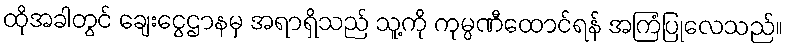
ထိုအခါတွင် ချေးငွေဌာနမှ အရာရှိသည် သူ့ကို ကုမ္ပဏီထောင်ရန် အကြံပြုလေသည်။